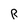
Character: R